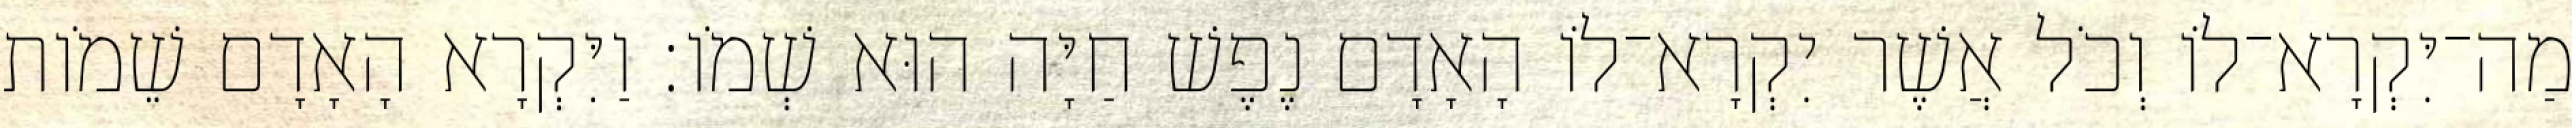
מַה־יִּקְרָא־לֹו וְכֹל אֲשֶׁר יִקְרָא־לֹו הָאָדָם נֶפֶשׁ חַיָּה הוּא שְׁמֹו׃ וַיִּקְרָא הָאָדָם שֵׁמֹות